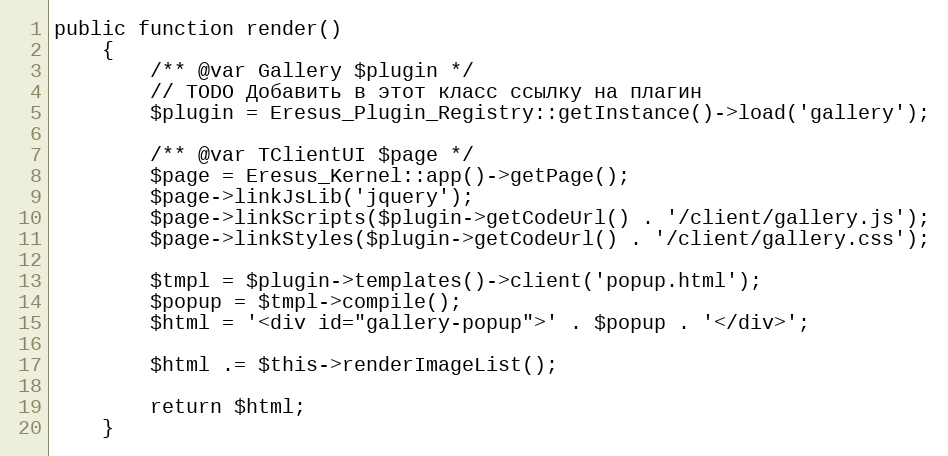
Language: PHP
public function render()
    {
        /** @var Gallery $plugin */
        // TODO Добавить в этот класс ссылку на плагин
        $plugin = Eresus_Plugin_Registry::getInstance()->load('gallery');

        /** @var TClientUI $page */
        $page = Eresus_Kernel::app()->getPage();
        $page->linkJsLib('jquery');
        $page->linkScripts($plugin->getCodeUrl() . '/client/gallery.js');
        $page->linkStyles($plugin->getCodeUrl() . '/client/gallery.css');

        $tmpl = $plugin->templates()->client('popup.html');
        $popup = $tmpl->compile();
        $html = '<div id="gallery-popup">' . $popup . '</div>';

        $html .= $this->renderImageList();

        return $html;
    }